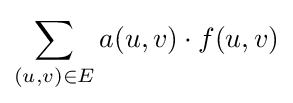
\sum _{(u,v)\in E}a(u,v)\cdot f(u,v)